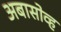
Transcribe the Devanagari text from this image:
अबासोव्ह